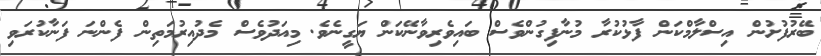
ބޭރުފުށުން އިސްލާމްކަން ފާޅުކުރާ މުނާފިގުންވެސް ބައިވެރިވާނޭކަން ޔަގީނެވެ. މިއަދުވެސް މެދުއިރުމަތިން ފެންނަ ފަނާކުރަވި